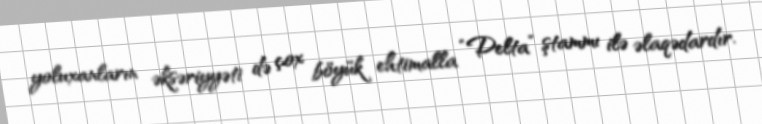
yoluxanların əksəriyyəti də çox böyük ehtimalla “Delta” ştammı ilə əlaqədardır.